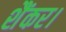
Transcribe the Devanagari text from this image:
शैंकर।